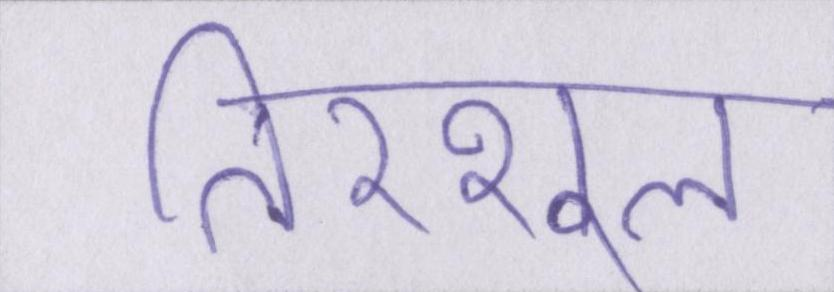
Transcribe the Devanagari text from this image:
तिरशूल